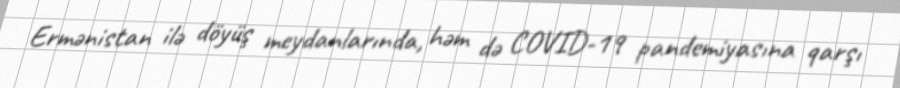
Ermənistan ilə döyüş meydanlarında, həm də COVID-19 pandemiyasına qarşı